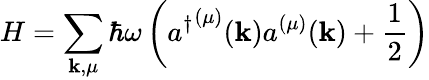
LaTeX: H=\sum_{\mathbf{k},\mu}\hbar\omega\left({a^{\dagger}}^{(\mu)}(\mathbf{k})a^{(\mu)}(\mathbf{k})+{\frac{1}{2}}\right)